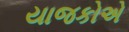
યાજકોએ